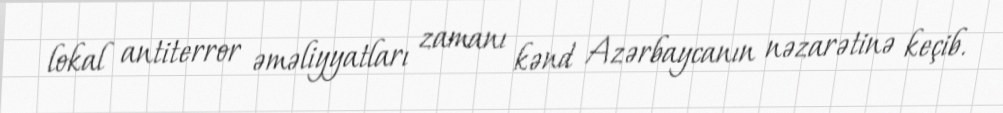
lokal antiterror əməliyyatları zamanı kənd Azərbaycanın nəzarətinə keçib.